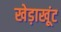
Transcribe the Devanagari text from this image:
खेड़ाखूंट